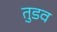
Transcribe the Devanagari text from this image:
तुडव